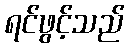
ရင်ဖွင့်သည်